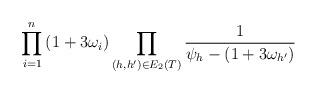
LaTeX: \begin{align*}\prod_{i=1}^n \left(1+3\omega_i\right) \prod_{(h,h')\in E_2(T)} \frac{1}{\psi_h-(1+3\omega_{h'})} \end{align*}